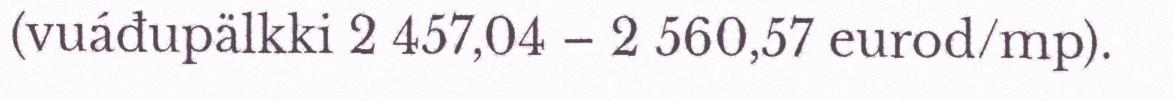
(vuáđupälkki 2 457,04 – 2 560,57 eurod/mp).